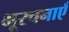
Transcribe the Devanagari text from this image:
भूरचनाएँ